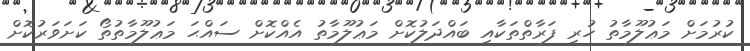
ކުރުމަށް މަޢުލޫމާތު ހުރި ފަރާތްތަކާއި ބައްދަލުކޮށް މަޢުލޫމާތު އެއްކޮށް ސައްޙަ މަޢުލޫމާތުތޯ ކަށަވަރުކޮށް